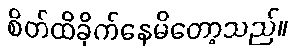
စိတ်ထိခိုက်နေမိတော့သည်။